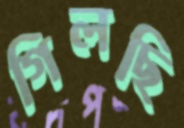
গিলছি